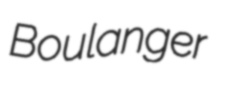
Boulanger